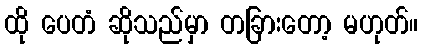
ထို ပေတံ ဆိုသည်မှာ တခြားတော့ မဟုတ်။